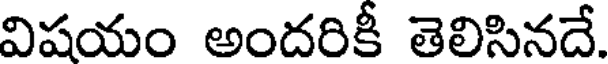
విషయం అందరికీ తెలిసినదే.